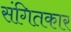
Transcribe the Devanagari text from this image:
संगितकार